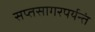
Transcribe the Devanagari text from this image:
सप्तसागरपर्यन्तं